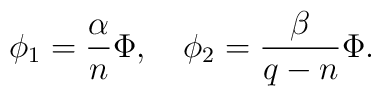
\phi_1=\frac{\alpha}{n}\Phi,~~~\phi_2=\frac{\beta}{q-n}\Phi.